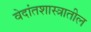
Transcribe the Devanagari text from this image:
वेदांतशास्त्रातील